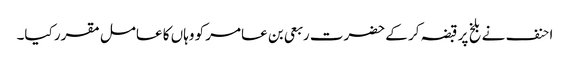
احنف نے بلخ پر قبضہ کر کے حضرت ربعی بن عامر کو وہاں کا عامل مقرر کیا۔